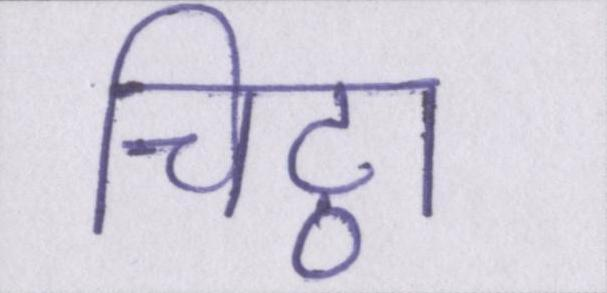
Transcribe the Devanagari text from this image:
चिट्ठा